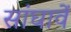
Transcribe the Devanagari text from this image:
सांघावें